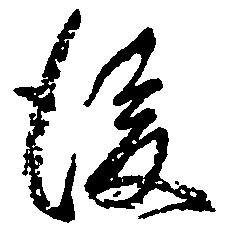
後